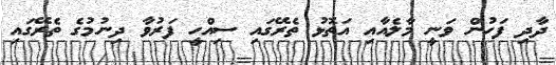
ދާދި ފަހުން ވަނީ މާލެއާއި އަތޮޅު ތެރޭގައި ސިއްހީ ފަރުވާ ދިނުމުގެ ތެރޭގައި